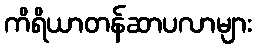
ကိရိယာတန်ဆာပလာများ